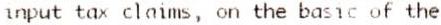
INPUT TAX CLAIMS, ON THE BASIC OF THE